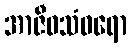
အာဇီဝသံဝရော